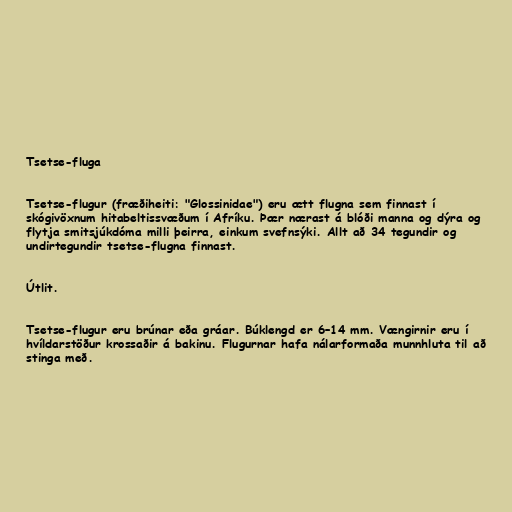
Tsetse-fluga

Tsetse-flugur (fræðiheiti: "Glossinidae") eru ætt flugna sem finnast í
skógivöxnum hitabeltissvæðum í Afríku. Þær nærast á blóði manna og dýra og
flytja smitsjúkdóma milli þeirra, einkum svefnsýki. Allt að 34 tegundir og
undirtegundir tsetse-flugna finnast.

Útlit.

Tsetse-flugur eru brúnar eða gráar. Búklengd er 6–14 mm. Vængirnir eru í
hvíldarstöður krossaðir á bakinu. Flugurnar hafa nálarformaða munnhluta til að
stinga með.